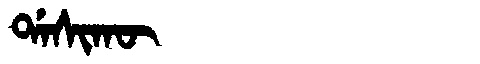
Manchu: ᡩᠠᠰᡳᡴᡡ
Romanization: DASIKŪ